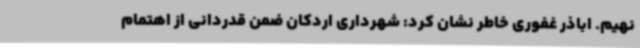
نهیم. اباذر غفوری خاطر نشان کرد: شهرداری اردکان ضمن قدردانی از اهتمام